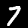
Label: 7